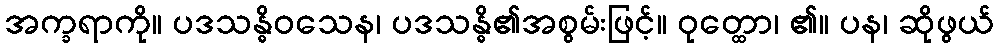
အက္ခရာကို။ ပဒသန္ဓိဝသေန၊ ပဒသန္ဓိ၏အစွမ်းဖြင့်။ ဝုတ္ထော၊ ၏။ ပန၊ ဆိုဖွယ်